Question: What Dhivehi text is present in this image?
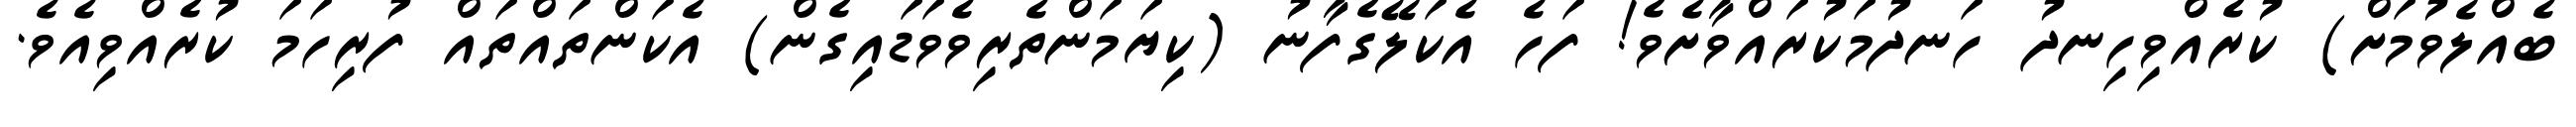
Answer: ބެއްލެވުމަށް) ކުރެއްވިހިނދު ހަނދުމަކުރައްވާށެވެ! ފަހެ އެކަލޭގެފާނު (ކިޔަމަންތެރިވެވަޑައިގެން) އެކަންތައްތައް ފުރިހަމަ ކުރެއްވިއެވެ.